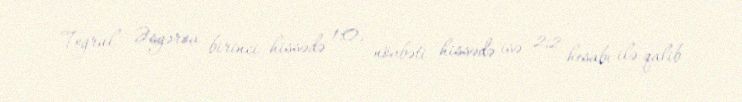
Toğrul Əsgərov birinci hissədə 1:0, növbəti hissədə isə 2:2 hesabı ilə qalib